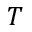
T